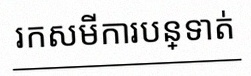
រកសមីការបន្ទាត់